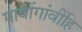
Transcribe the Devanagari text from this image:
गावोंगांवींहि